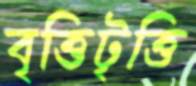
বৃত্তিটৃত্তি